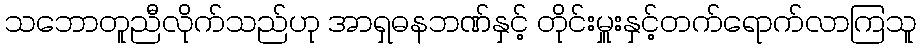
သဘောတူညီလိုက်သည်ဟု အာရှဓနဘဏ်နှင့် တိုင်းမှူးနှင့်တက်ရောက်လာကြသူ